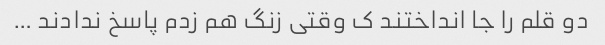
دو قلم را جا انداختند ک وقتی زنگ هم زدم پاسخ ندادند …